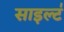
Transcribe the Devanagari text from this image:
साइल्ट॑